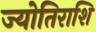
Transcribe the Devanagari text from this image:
ज्योतिराशि